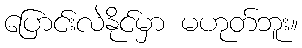
ပြောင်းလဲနိုင်မှာ မဟုတ်ဘူး။